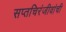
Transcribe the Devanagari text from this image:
सप्तचिरंजीवांची